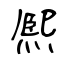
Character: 熈